Civil Veterinary Dept. Assam report 1911-1927 - 1911-1927
Year: 1911
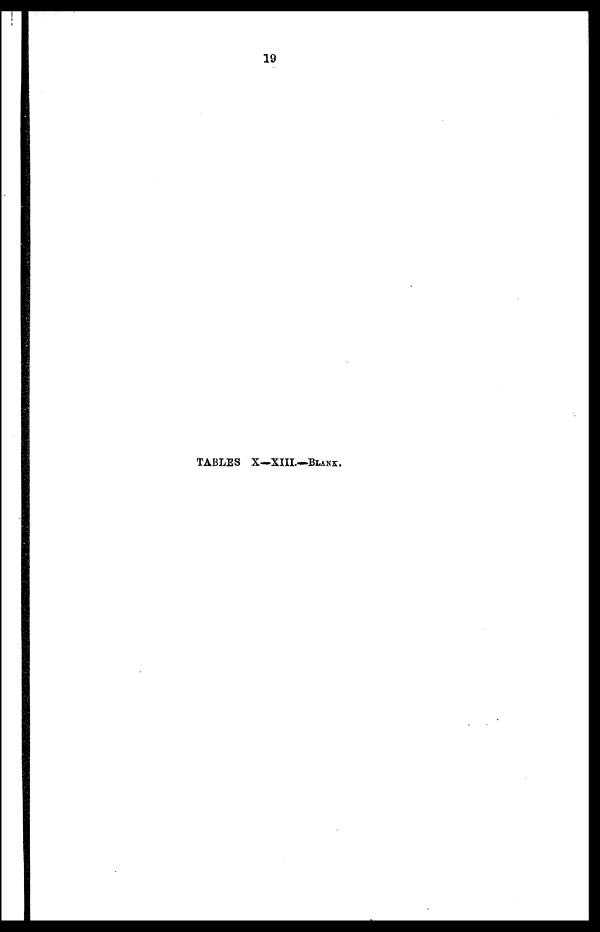
19
TABLES X—XIII.—BLANK.